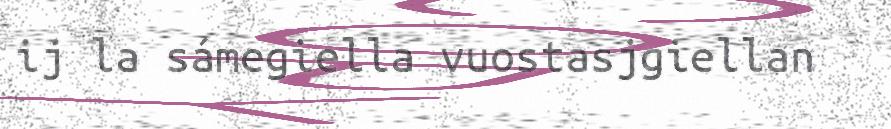
ij la sámegiella vuostasjgiellan